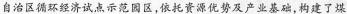
自治区循环经济试点示范园区，依托资源优势及产业基础，构建了煤